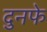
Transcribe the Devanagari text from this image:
दुनफे